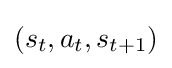
(s_{t},a_{t},s_{t+1})